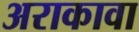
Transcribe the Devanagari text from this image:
अराकावा